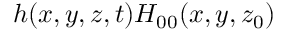
h ( x , y , z , t ) H _ { 0 0 } ( x , y , z _ { 0 } )